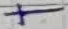
Text: +